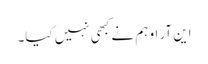
این آر او ہم نے کبھی نہیں کیا۔